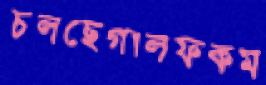
চলছেগালফকম